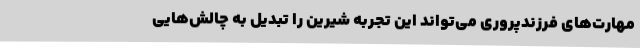
مهارت‌های فرزندپروری می‌تواند این تجربه شیرین را تبدیل به چالش‌هایی